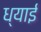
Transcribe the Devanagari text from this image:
ध्याई